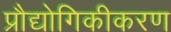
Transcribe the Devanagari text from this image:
प्रौद्योगिकीकरण